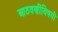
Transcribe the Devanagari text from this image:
आठवणींविषयी